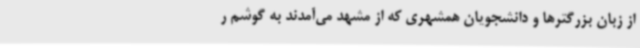
از زبان بزرگترها و دانشجویان همشهری که از مشهد می‌آمدند به گوشم ر